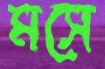
মসে